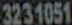
3231051